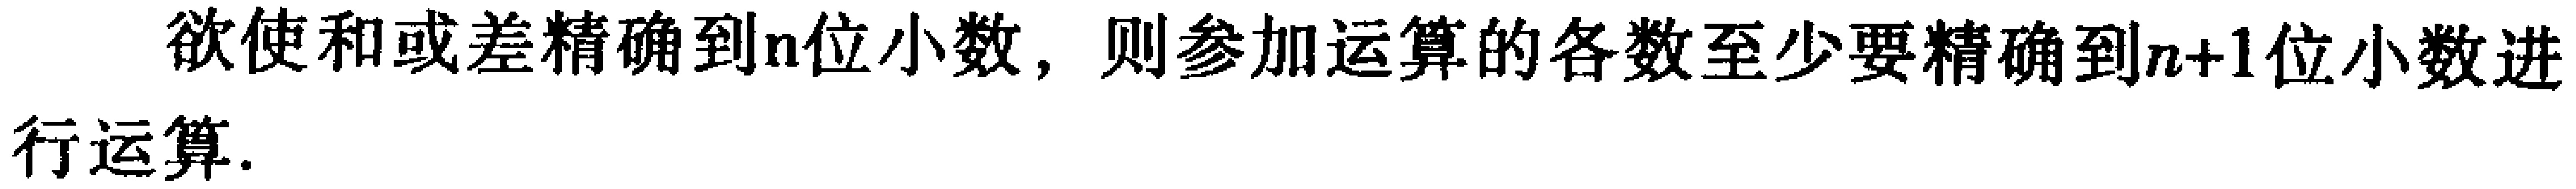
欲使和或差精确到\(n\)位小数，则参加运算的各数至少要精确到\(n + 1\)位小数进行运算.